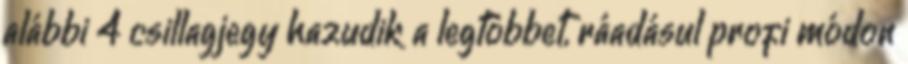
alábbi 4 csillagjegy hazudik a legtöbbet, ráadásul profi módon